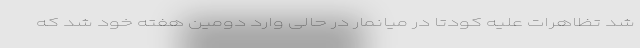
شد تظاهرات علیه کودتا در میانمار در حالی وارد دومین هفته خود شد که